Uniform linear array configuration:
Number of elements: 8
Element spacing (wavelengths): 0.25
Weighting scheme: blackman
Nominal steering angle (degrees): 15
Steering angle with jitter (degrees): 16.002
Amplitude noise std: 0.05
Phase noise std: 0.05

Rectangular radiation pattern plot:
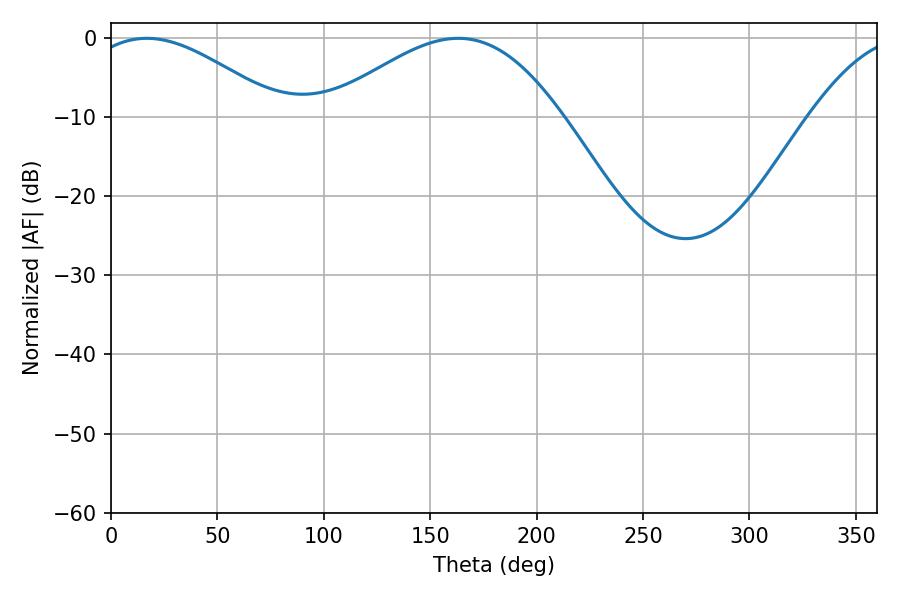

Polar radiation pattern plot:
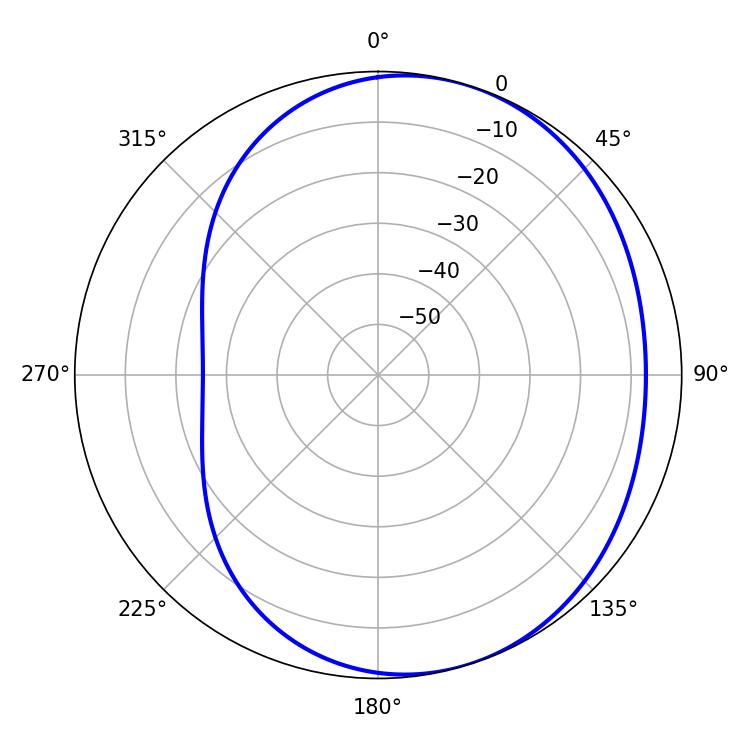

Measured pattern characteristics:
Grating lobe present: FALSE
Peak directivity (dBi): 3.989
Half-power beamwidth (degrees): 49.5
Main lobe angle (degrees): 16.92